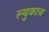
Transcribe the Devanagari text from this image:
ल्युकाच